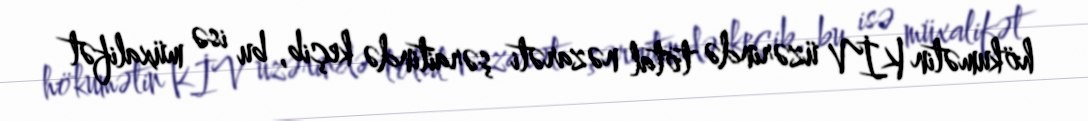
hökumətin KİV üzərində total nəzarəti şəraitində keçib, bu isə müxalifət